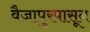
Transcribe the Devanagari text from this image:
वैजापुरपासून